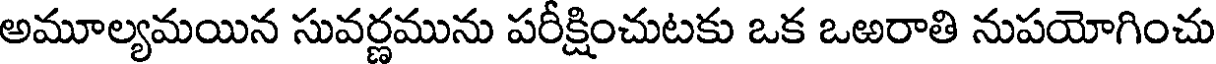
అమూల్యమయిన సువర్ణమును పరీక్షించుటకు ఒక ఒఱరాతి నుపయోగించు